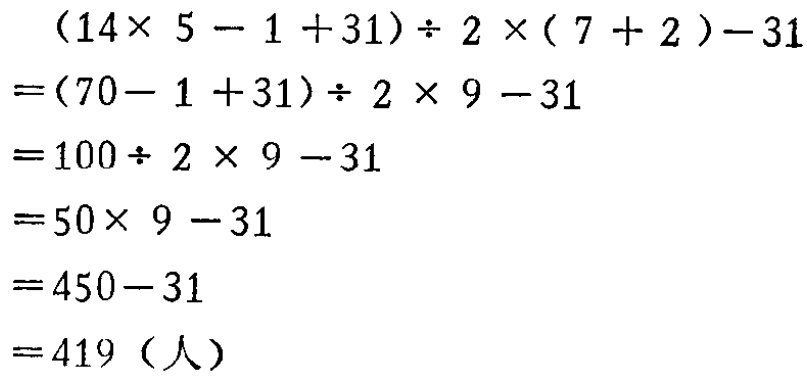
\[
\begin{align*}
&(14\times 5 - 1 + 31)\div 2\times(7 + 2)-31\\
=&(70 - 1 + 31)\div 2\times 9 - 31\\
=&100\div 2\times 9 - 31\\
=&50\times 9 - 31\\
=&450 - 31\\
=&450 - 31\\
=&419 \text{（人）}
\end{align*}
\]